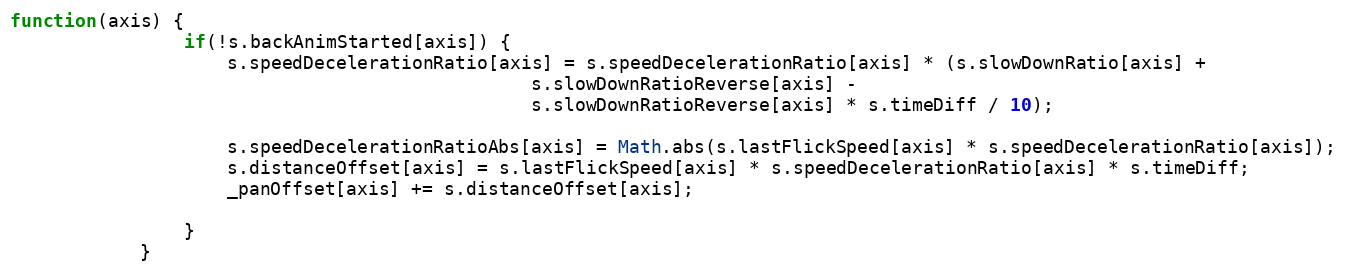
Language: JavaScript
function(axis) {
				if(!s.backAnimStarted[axis]) {
					s.speedDecelerationRatio[axis] = s.speedDecelerationRatio[axis] * (s.slowDownRatio[axis] +
												s.slowDownRatioReverse[axis] -
												s.slowDownRatioReverse[axis] * s.timeDiff / 10);

					s.speedDecelerationRatioAbs[axis] = Math.abs(s.lastFlickSpeed[axis] * s.speedDecelerationRatio[axis]);
					s.distanceOffset[axis] = s.lastFlickSpeed[axis] * s.speedDecelerationRatio[axis] * s.timeDiff;
					_panOffset[axis] += s.distanceOffset[axis];

				}
			}